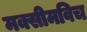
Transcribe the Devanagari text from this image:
मक्सीमविच